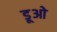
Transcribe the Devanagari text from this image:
डूओ